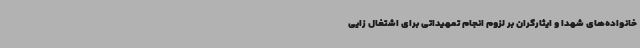
خانواده‌های شهدا و ایثارگران بر لزوم انجام تمهیداتی برای اشتغال زایی